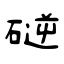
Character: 磀